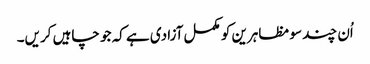
اُن چند سو مظاہرین کو مکمل آزادی ہے کہ جو چاہیں کریں۔